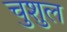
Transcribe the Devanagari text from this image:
चुशुल